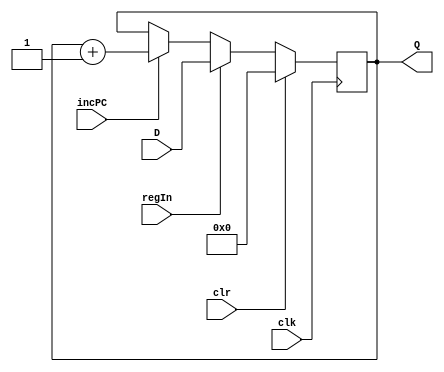
`timescale 1ns/10ps
module pcounter #(parameter VAL = 0)(
input clr, clk, regIn,
input [31:0] D,
output [31:0] Q,
input incPC);

// initial reg data = VAL;

reg [31:0] data;
initial data = VAL;

	always @(posedge clk) begin
		if (clr)
			data <= 32'b0;
		else if (regIn)
			data <= D;
		else if (incPC == 1)
			data = data + 1;
	end
			
	assign Q = data;
	
endmodule